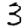
Digit: 3